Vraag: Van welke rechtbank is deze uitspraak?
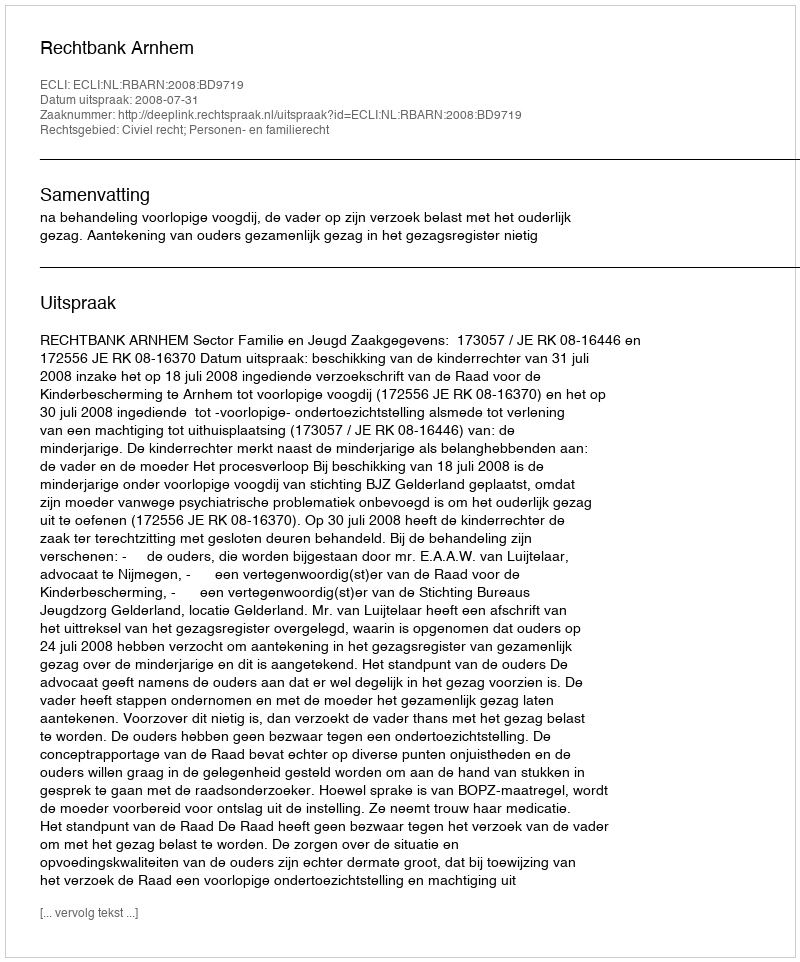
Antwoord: Rechtbank Arnhem